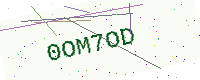
Text: 0OM7OD